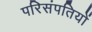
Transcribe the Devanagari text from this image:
परिसंपतियों